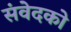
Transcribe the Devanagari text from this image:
संवेदको